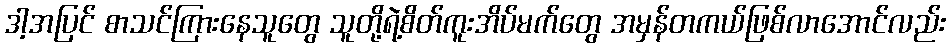
ဒါ့အပြင် စာသင်ကြားနေသူတွေ သူတို့ရဲ့စိတ်ကူးအိပ်မက်တွေ အမှန်တကယ်ဖြစ်လာအောင်လည်း